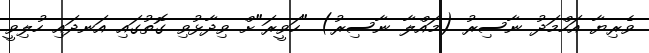
ވެރިޔާ އަހްމަދު ނާސިރު (މައްލާ ނާސިރު) "ހަވީރަ"ށް ވިދާޅުވި ގޮތުގައި އަނދައި ހުލިވީ